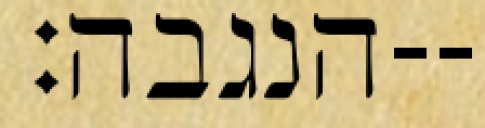
הנגבה׃--